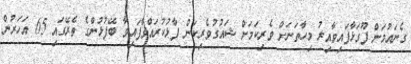
ގެނައުމަށް ފޫގަޅާފައިވާއިރު މިހާތަނަށް ވެރިކަަމަށް ޝައުގުވެރިކަން ފާޅުކުރައްވާފައިވާ ބޭފުޅުންގެ ތެރޭގައި 65 އަހަރުން